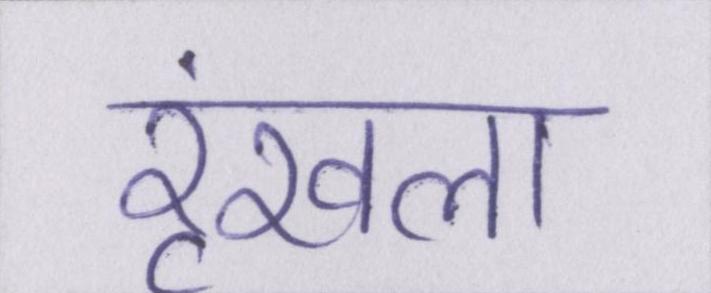
रॄंखला